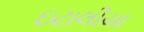
ઇટાલીયા